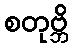
စတုဗ္ဘိ